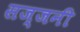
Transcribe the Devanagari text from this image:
सज्जनी